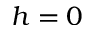
h = 0